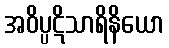
အဝိပ္ပဋိသာရိနိယော